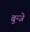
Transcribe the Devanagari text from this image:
बुन्जे